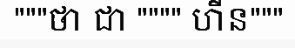
"""ថា ជា """" ហីន"""